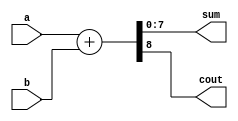
module eight_bit_adder(
	input [7:0]a, 
	input [7:0]b, 
	output reg [7:0]sum, 
	output reg cout
);
	
	always@( a or b)
		 {cout,sum} = a + b;
		 
endmodule